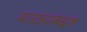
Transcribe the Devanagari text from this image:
मराठ्यांबद्दल